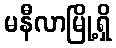
မနီလာမြို့ရှိ